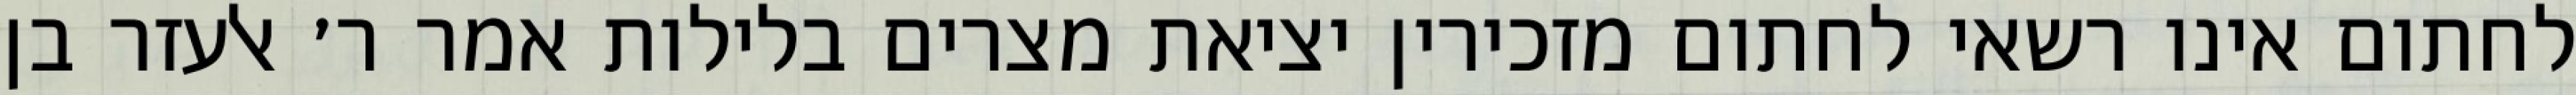
לחתום אינו רשאי לחתום מזכירין יציאת מצרים בלילות אמר ר׳ אלעזר בן